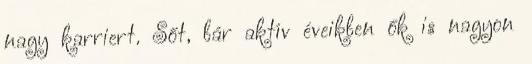
nagy karriert. Sőt, bár aktív éveikben ők is nagyon